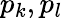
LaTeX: p_{k},p_{l}